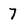
Character: 7